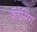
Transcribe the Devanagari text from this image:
क्लेसिंग